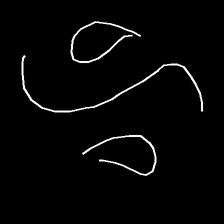
Glyph: water